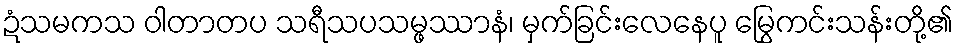
ဍံသမကသ ဝါတာတပ သရီသပသမ္ဖဿာနံ၊ မှက်ခြင်းလေနေပူ မြွေကင်းသန်းတို့၏